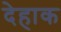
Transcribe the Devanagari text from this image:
देहाक